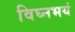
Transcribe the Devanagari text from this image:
विघ्नभयं